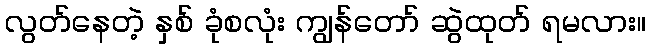
လွတ်နေတဲ့ နှစ် ခုံစလုံး ကျွန်တော် ဆွဲထုတ် ရမလား။